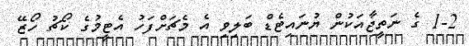
1-2 ގެ ނަތީޖާއަކުން ޔުނައިޓެޑް ބަލިވި އެ މެޗަށްފަހު އެޓީމުގެ ކޯޗު ހޯޒޭ